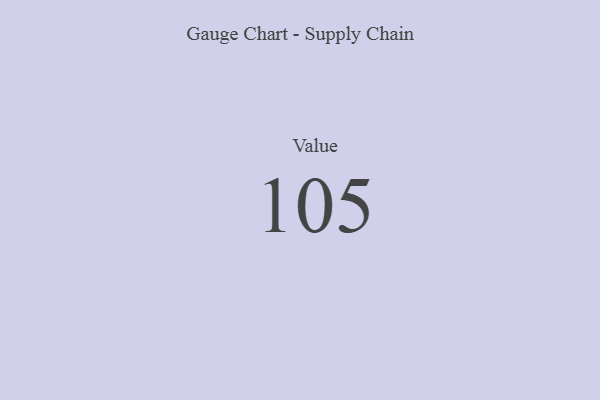
{"axis": {"x": "Metric", "y": "Value"}, "legend": [""], "data": [{"x": "Value", "y": 105, "type": ""}]}